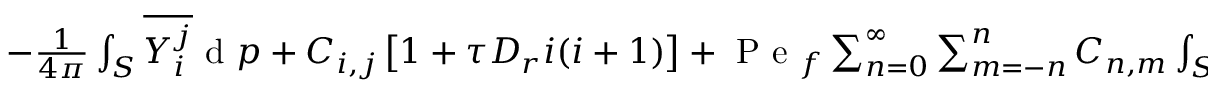
\begin{array} { r } { - \frac { 1 } { 4 \pi } \int _ { S } \overline { { Y _ { i } ^ { j } } } \mathrm { ~ d ~ } \boldsymbol { p } + C _ { i , j } \left[ 1 + \tau D _ { r } i ( i + 1 ) \right] + \mathrm { ~ P ~ e ~ } _ { f } \sum _ { n = 0 } ^ { \infty } \sum _ { m = - n } ^ { n } C _ { n , m } \int _ { S } \overline { { Y _ { i } ^ { j } } } \mathcal { H } ( Y _ { n } ^ { m } ) \mathrm { ~ d ~ } \boldsymbol { p } = 0 . } \end{array}